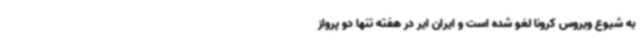
به شیوع ویروس کرونا لغو شده است و ایران ایر در هفته تنها دو پرواز